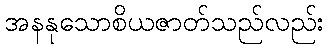
အနနုသောစိယဇာတ်သည်လည်း